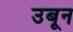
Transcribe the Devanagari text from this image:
उबून